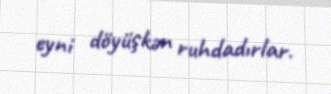
eyni döyüşkən ruhdadırlar.